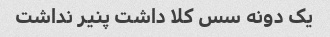
یک دونه سس کلا داشت پنیر نداشت